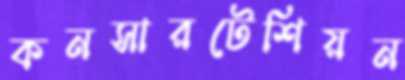
কনসারটেশিয়ন